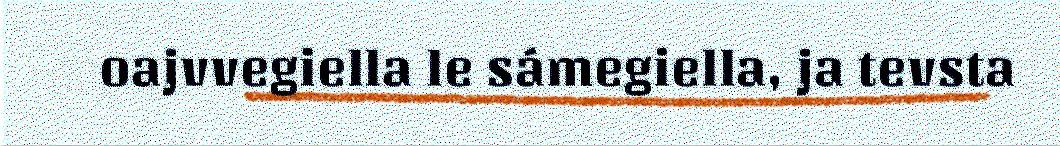
oajvvegiella le sámegiella, ja tevsta